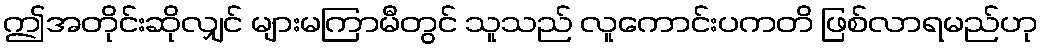
ဤအတိုင်းဆိုလျှင် များမကြာမီတွင် သူသည် လူကောင်းပကတိ ဖြစ်လာရမည်ဟု